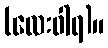
(လေးဝါရ)။